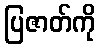
ပြဇာတ်ကို